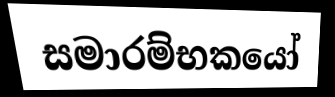
සමාරම්භකයෝ